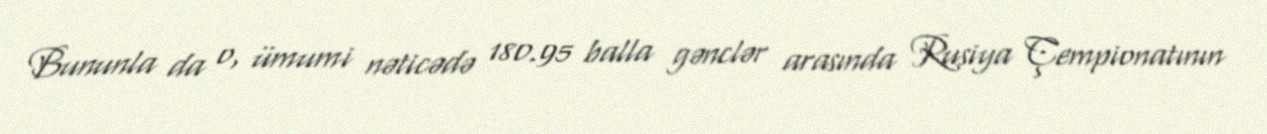
Bununla da o, ümumi nəticədə 180.95 balla gənclər arasında Rusiya Çempionatının